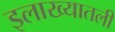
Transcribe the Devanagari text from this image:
इलाख्यातली